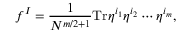
f ^ { I } = \frac { 1 } { N ^ { m / 2 + 1 } } \mathrm { T r } \eta ^ { i _ { 1 } } \eta ^ { i _ { 2 } } \cdots \eta ^ { i _ { m } } ,